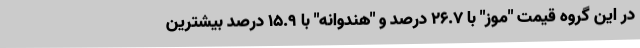
در این گروه قیمت "موز" با ٢٦.٧ درصد و "هندوانه" با ١٥.٩ درصد بیشترین